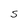
Character: S